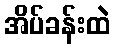
အိပ်ခန်းထဲ